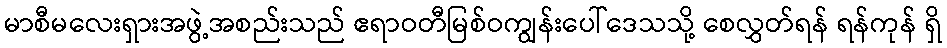
မာစီမလေးရှားအဖွဲ့အစည်းသည် ဧရာဝတီမြစ်ဝကျွန်းပေါ်ဒေသသို့ စေလွှတ်ရန် ရန်ကုန် ရှိ